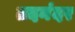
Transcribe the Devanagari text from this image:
तदनंदर